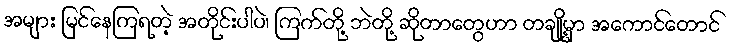
အများ မြင်နေကြရတဲ့ အတိုင်းပါပဲ၊ ကြက်တို့ ဘဲတို့ ဆိုတာတွေဟာ တချို့မှာ အကောင်တောင်